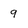
Character: 9